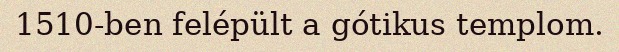
1510-ben felépült a gótikus templom.